Bréfritari: Sigríður Pálsdóttir
Viðtakandi: Páll Pálsson
Dagsetning: A-1866-11-26
Skrifað á: Breiðabólsstað  Rang.
Páll var bróðir Sigríðar

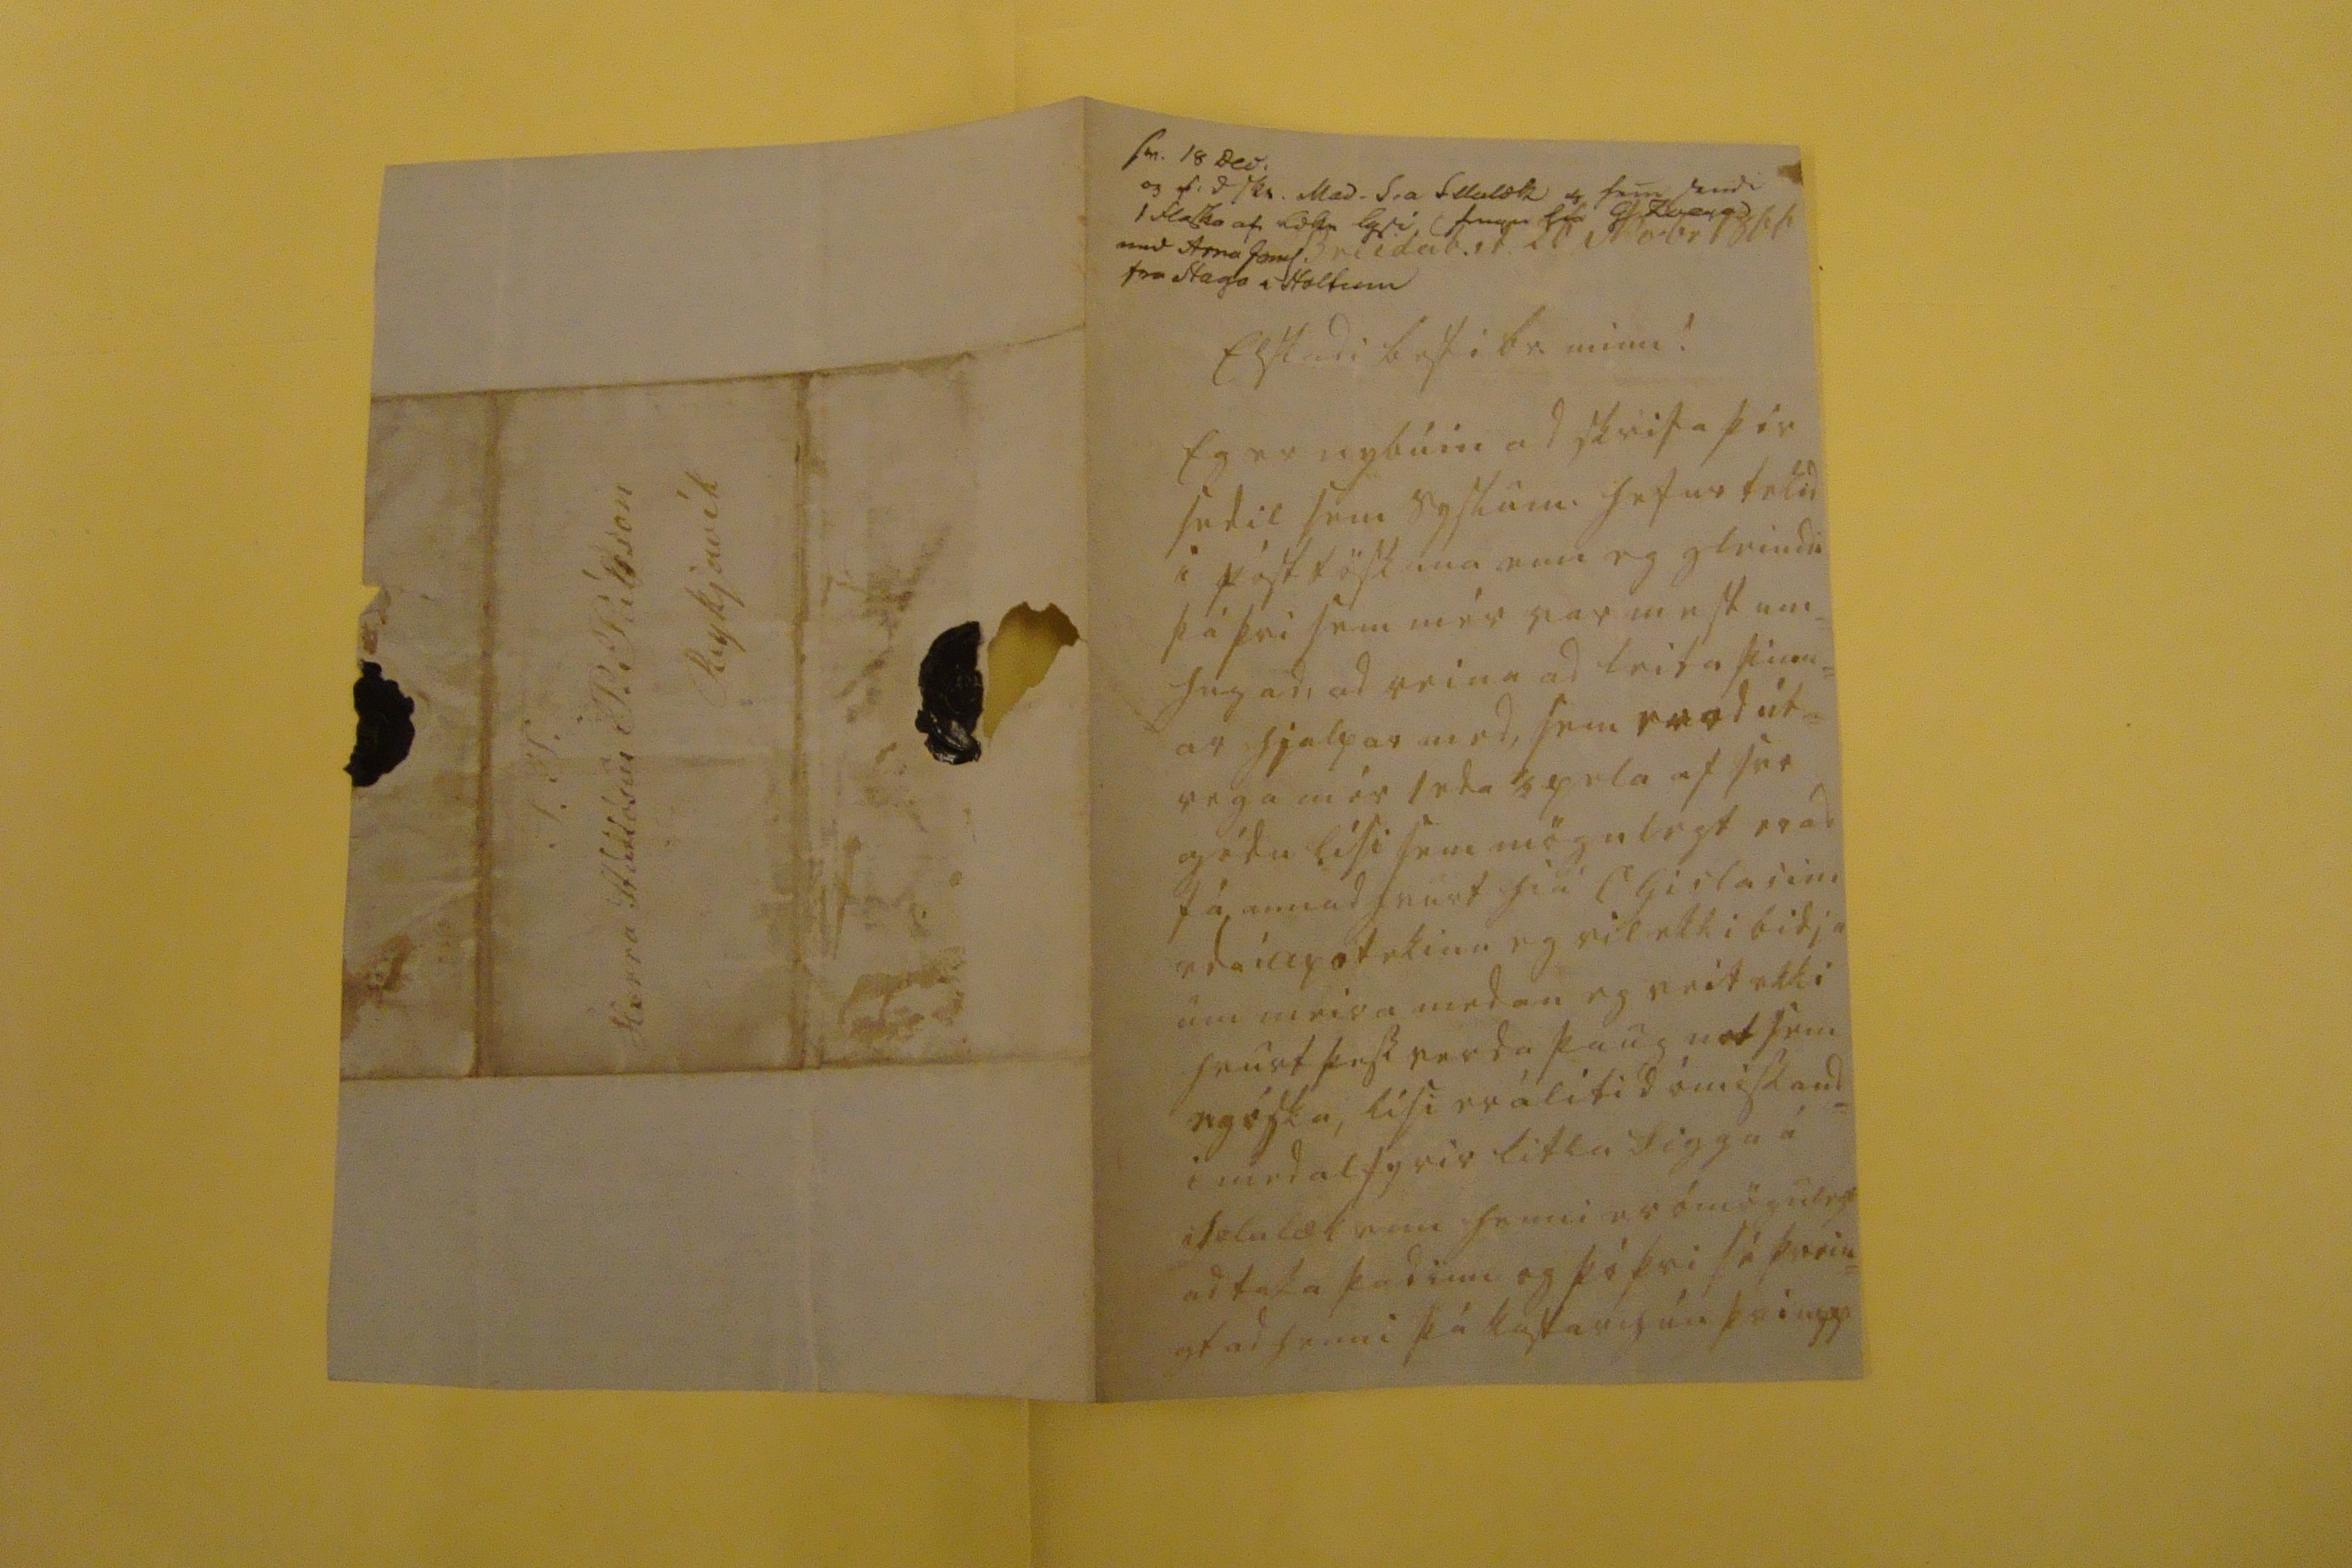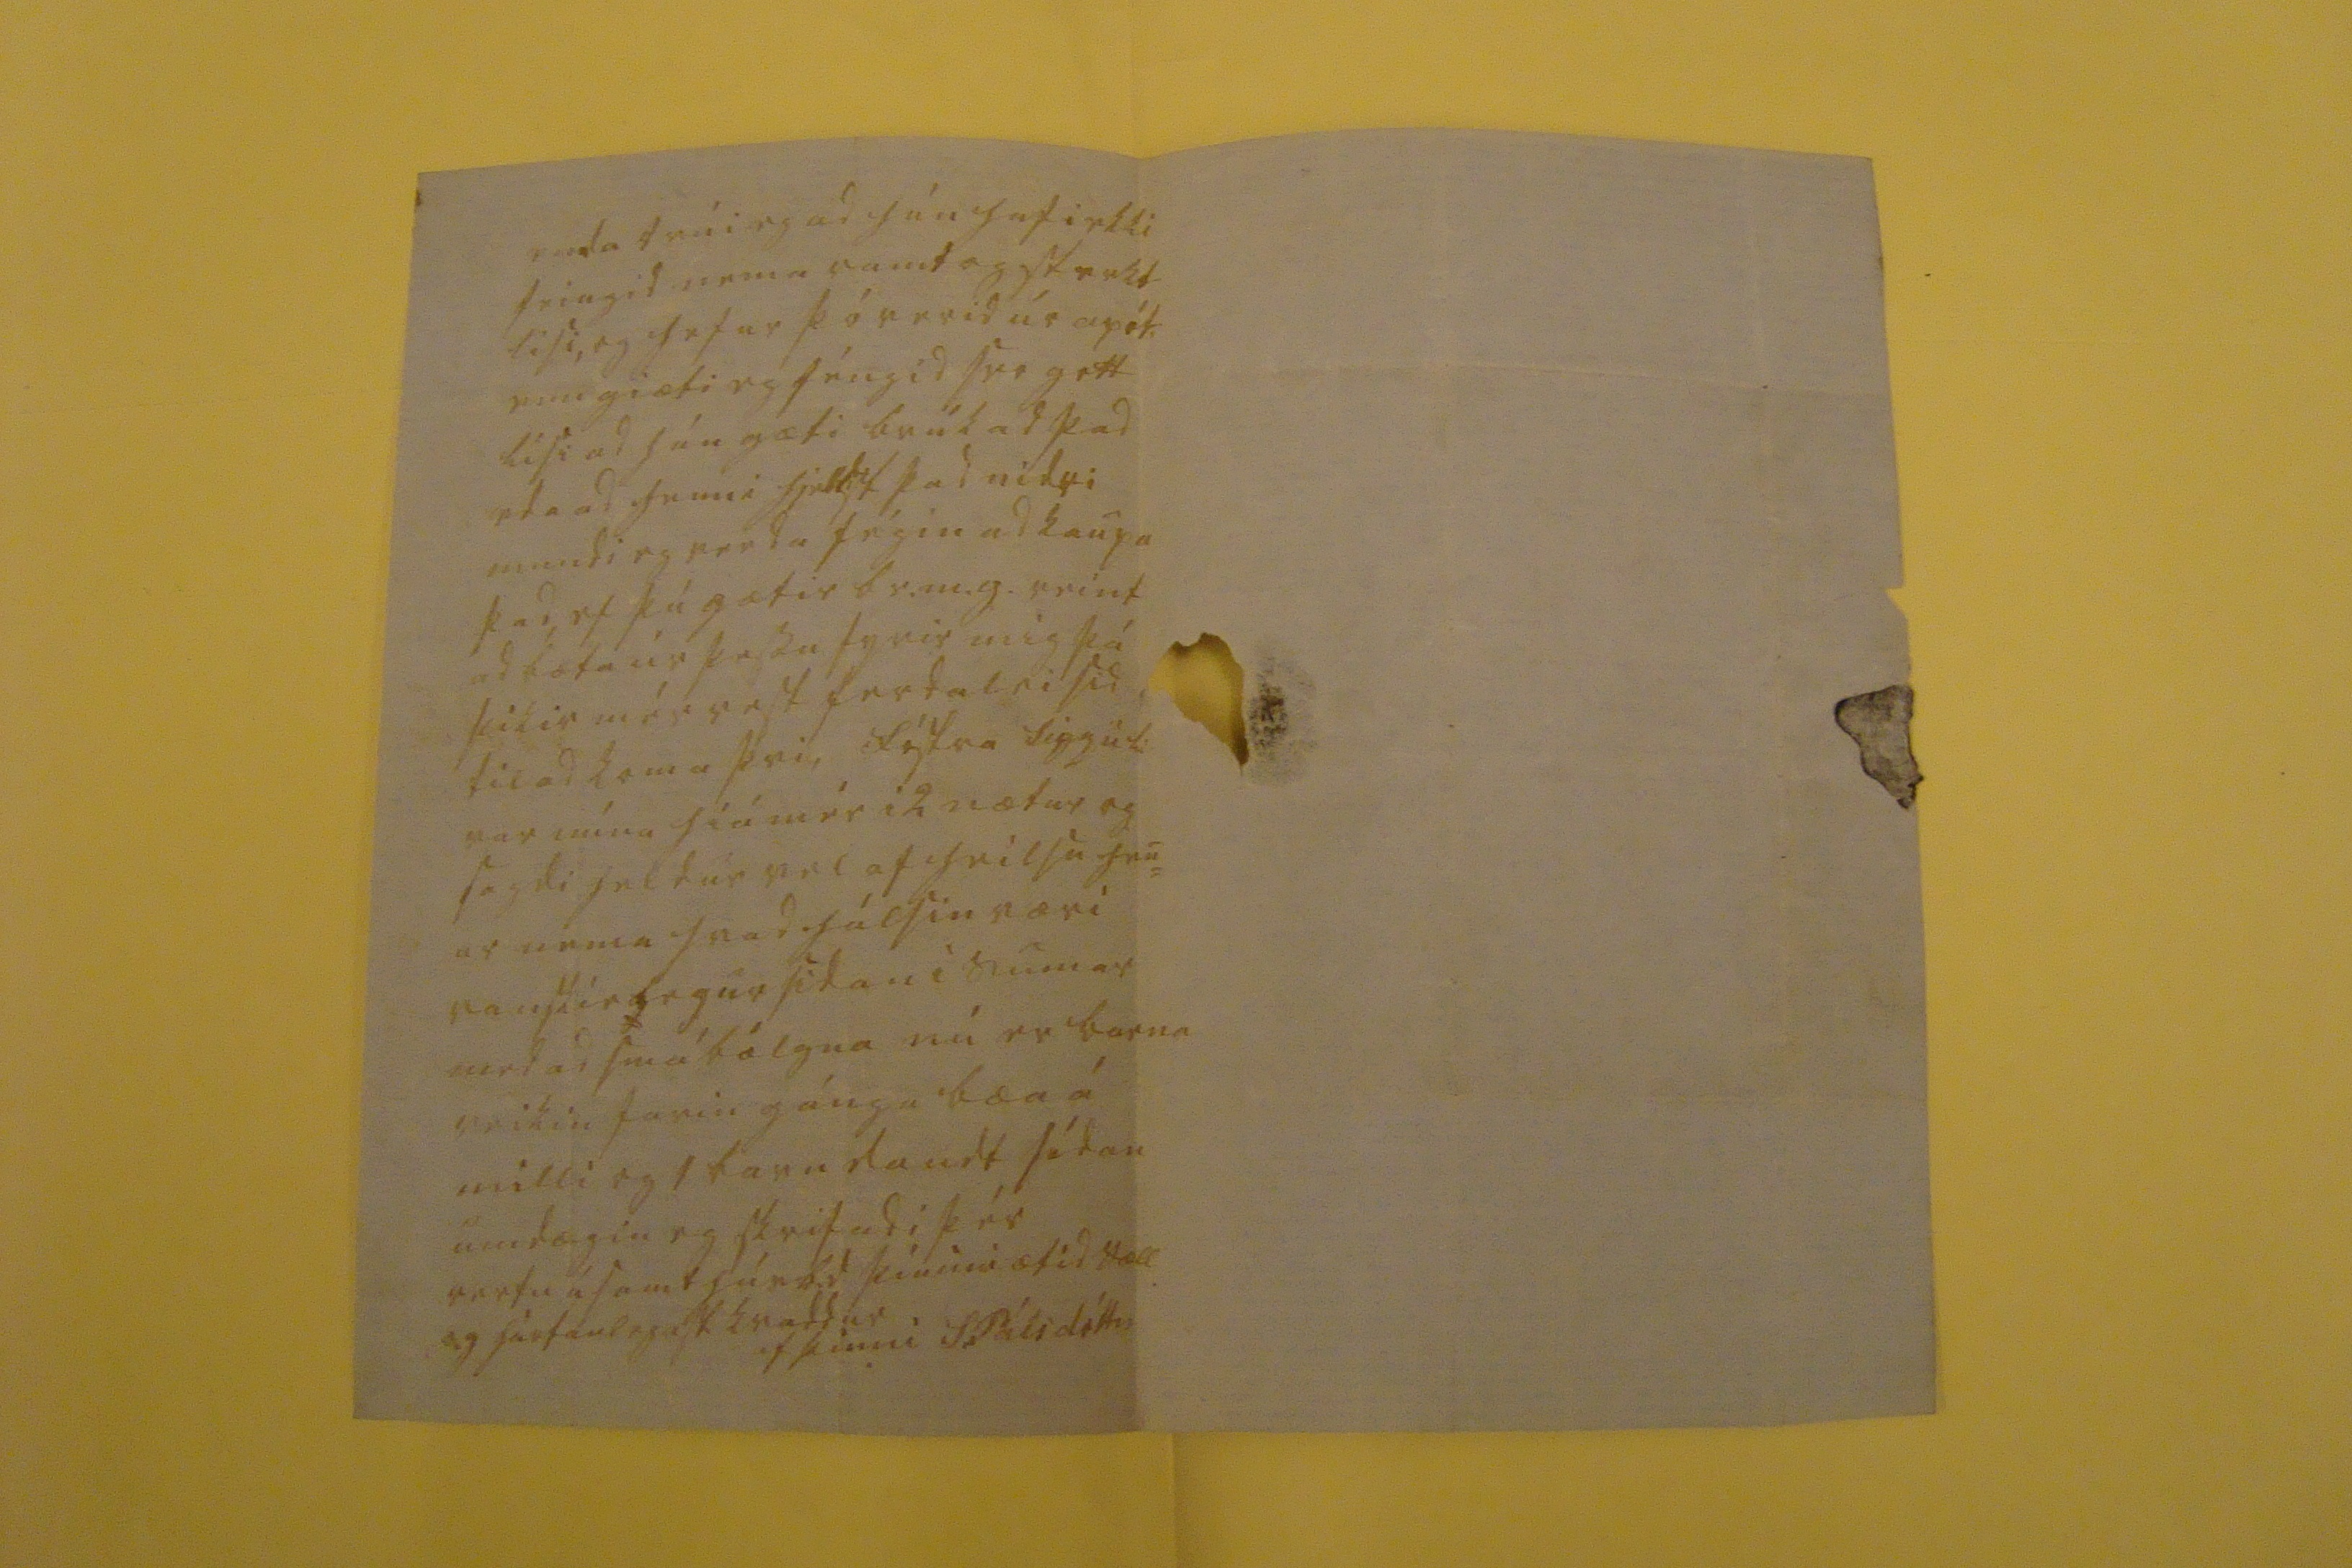

sv. 18 Dec. og f: d skr. Mad. S.a 0llalæk 4 sem sendi 1 fl0sk0 af 00kn lysi f000 fra G Zoega med Arna Jonss. fra Staga i Holtinu
Breidab.st. 20 Novbr 1866
Elskadi besti br. minn!
Eg er nybúin ad skrifa þér sedil sem syslum. hefur tekid i pósttöskuna enn eg gleindi þá þvi sem mér var mest um= hugad, ad reina ad leita þinn= ar hialpar med, sem er ad út= vega mér 1 eda 2 pela af svo gódu lísi sem mögulegt er ad fá annad hvurt hiá
S
Gislasini eda i apotekinu eg vil ekki bidja um meira medan eg veit ekki hvurt þess verda þaug not sem eg óska, lísi er ólitid ómissand= i medal fyrir litla Siggu á Sælulækinn henni er ómögulegt ad taka þad inn og þó þvi sé þrein= gt ad henni þá kastar hún þvi upp
enda trúi eg ad hún hafi ekki feingid nema ramt og sterkt lisi, og hefur þó verid úr apót. enn giæti eg féngid svo gott lísi ad hún gæti brúkad þad eda ad henni hjellst þad nidri mundi eg verda fégin ad kaupa þad ef þú gætir br.m.g. reint ad bæta úr þessu fyrir mig þá þikir mér vest ferdaleisid til ad koma þvi, fóstra Siggu l: var núna hiá mér i 2 nætur og sagdi heldur vel af heilsu hen ar nema hvad hálsin væri vanskielegur sidan i sumar med ad smábólgna nú er barna veikin farin gánga bæa á milli og 1 banda daudt sídan um dægin eg skrifadi þér vertu ásamt húsb.d þínum ætíd sæll og hártanlegast kvaddur
af þinni S Pálsdóttir
S.T. Herra Stúdiósus P. Pálsson Reykjavík